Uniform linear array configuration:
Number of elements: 48
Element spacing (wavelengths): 0.75
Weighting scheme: binomial
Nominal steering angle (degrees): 0
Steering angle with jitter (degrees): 1.3
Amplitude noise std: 0.05
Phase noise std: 0.05

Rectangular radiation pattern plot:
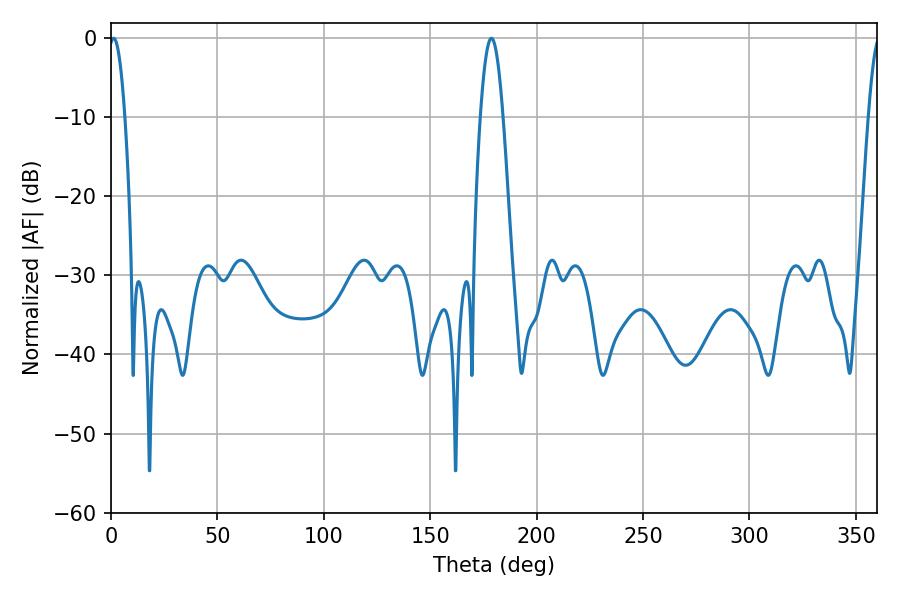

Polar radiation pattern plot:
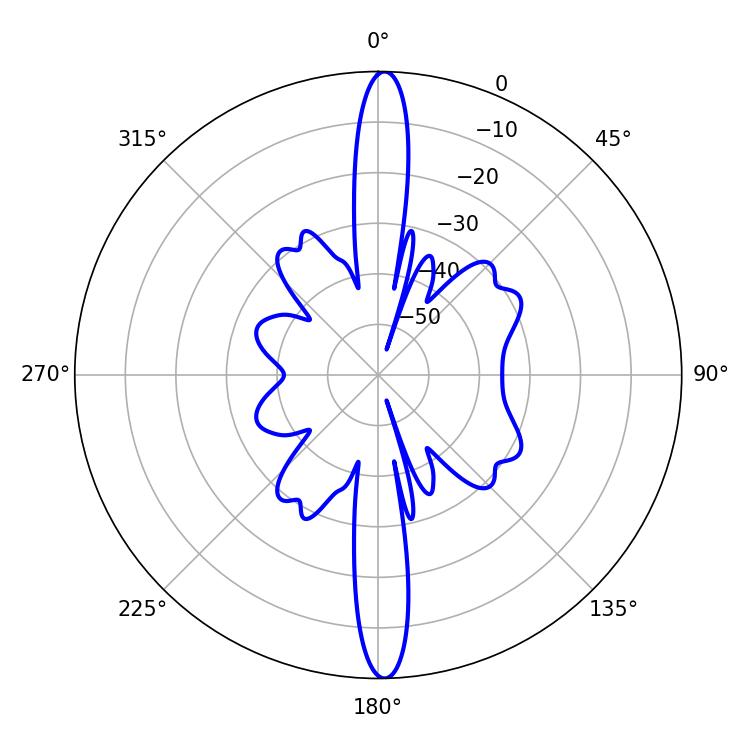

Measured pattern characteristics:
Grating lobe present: TRUE
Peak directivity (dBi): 25.983
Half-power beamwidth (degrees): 4.14
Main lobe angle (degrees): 1.26